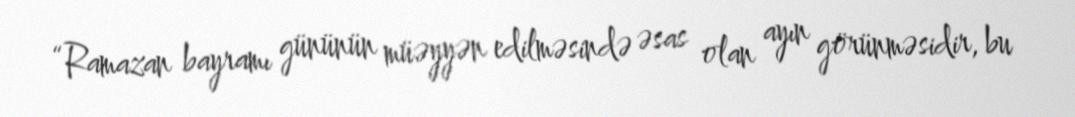
“Ramazan bayramı gününün müəyyən edilməsində əsas olan ayın görünməsidir, bu